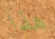
هذا